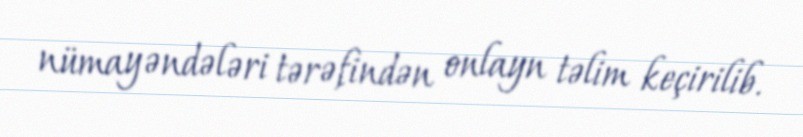
nümayəndələri tərəfindən onlayn təlim keçirilib.